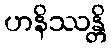
ဟနိဿန္တိ